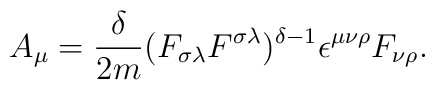
A_{\mu } = \frac{\delta }{2m} (F_{\sigma \lambda }F^{\sigma \lambda })^{\delta -1} \epsilon^{\mu \nu\rho } F_{\nu \rho }.